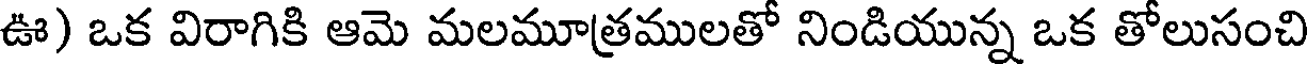
ఊ) ఒక విరాగికి ఆమె మలమూత్రములతో నిండియున్న ఒక తోలుసంచి